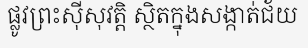
ផ្លូវព្រះស៊ីសុវត្តិ ស្ថិតក្នុងសង្កាត់ជ័យ